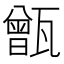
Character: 甑